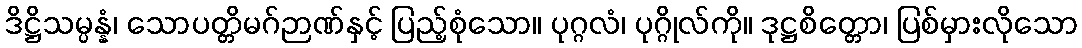
ဒိဋ္ဌိသမ္ပန္နံ၊ သောပတ္တိမဂ်ဉာဏ်နှင့် ပြည့်စုံသော။ ပုဂ္ဂလံ၊ ပုဂ္ဂိုလ်ကို။ ဒုဋ္ဌစိတ္တော၊ ပြစ်မှားလိုသော